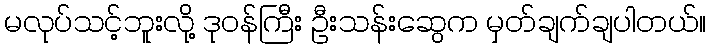
မလုပ်သင့်ဘူးလို့ ဒုဝန်ကြီး ဦးသန်းဆွေက မှတ်ချက်ချပါတယ်။